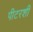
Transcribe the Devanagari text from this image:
पीटरशी